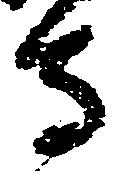
寺